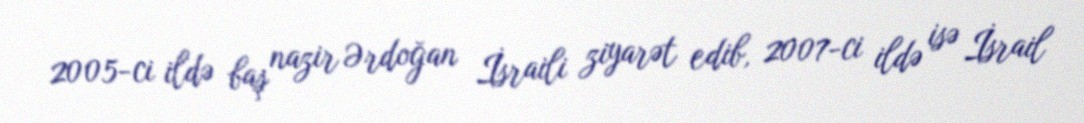
2005-ci ildə baş nazir Ərdoğan İsraili ziyarət edib, 2007-ci ildə isə İsrail